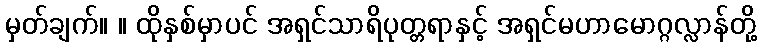
မှတ်ချက်။ ။ ထိုနှစ်မှာပင် အရှင်သာရိပုတ္တရာနှင့် အရှင်မဟာမောဂ္ဂလ္လာန်တို့